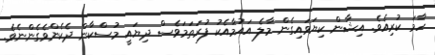
ހާމަ ކުރިއެވެ. އިޝާން ކިޔަވައިގެން މާލެ އައުމާއެކު ފުރަތަމަވެސް ދިޔައީ މުސްކާން ދެކެންވެގެންނެވެ.